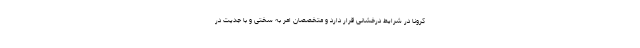
کرونا در شرایط درخشانی قرار دارد و متخصصان امر به سختی و با جدیت در